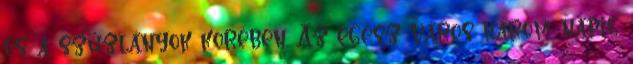
és a szűzlányok körében. Az egész város három napig